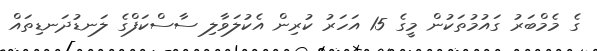
ގެ މެމްބަރު ގައުމުތަކުން މީގެ 15 އަހަރު ކުރިން އެކުލަވާލި ސާސްކަފްގެ ލަނޑުދަނޑިތައް